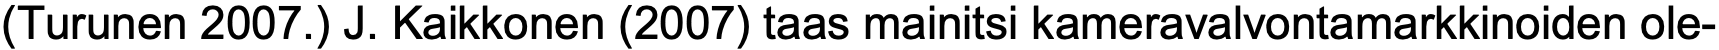
(Turunen 2007.) J. Kaikkonen (2007) taas mainitsi kameravalvontamarkkinoiden ole-